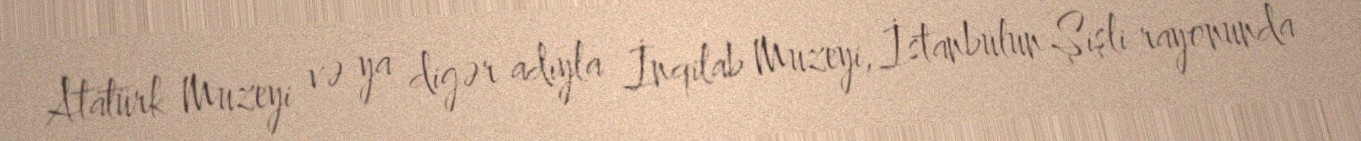
Atatürk Muzeyi və ya digər adıyla İnqilab Muzeyi, İstanbulun Şişli rayonunda